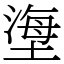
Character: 塰